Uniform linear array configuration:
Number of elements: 12
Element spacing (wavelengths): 0.5
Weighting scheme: hann
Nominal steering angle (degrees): -15
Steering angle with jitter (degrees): -16.524
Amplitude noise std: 0.05
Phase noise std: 0.05

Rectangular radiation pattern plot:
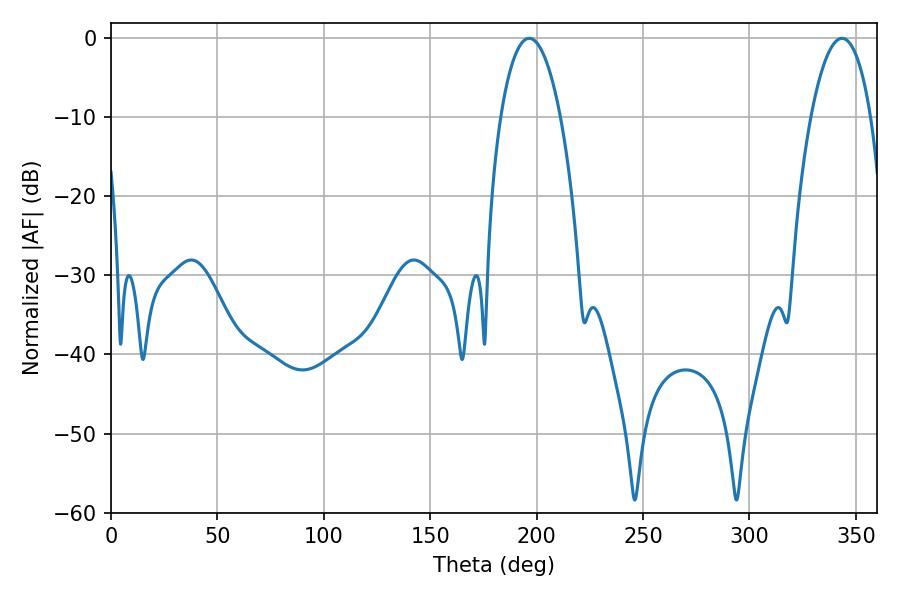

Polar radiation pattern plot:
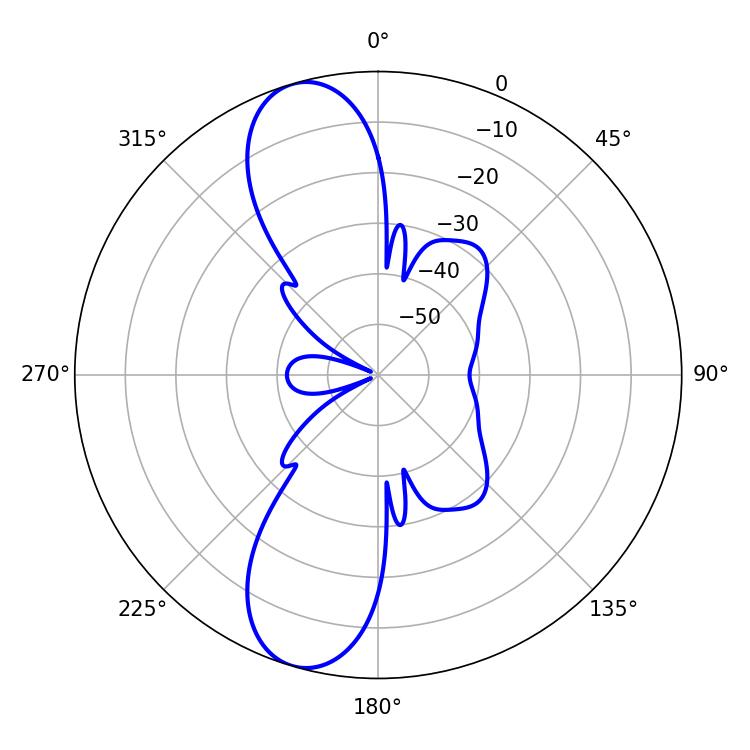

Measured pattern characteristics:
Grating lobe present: FALSE
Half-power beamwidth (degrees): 15.66
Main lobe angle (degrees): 196.56